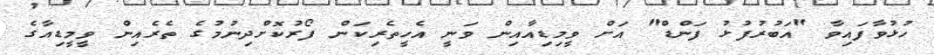
ހުޅުވާފައިވާ "އަބުރުފުޅު ފަންޑް" އަށް ވީމިޑިއާއިން ވަނީ އެހީތެރިކަން ފޯރުކޮށްދިނުމުގެ ތެރެއިން ވީމީޑިއާގެ